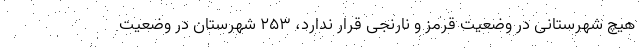
هیچ شهرستانی در وضعیت قرمز و نارنجی قرار ندارد، ۲۵۳ شهرستان در وضعیت